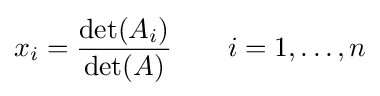
x_{i}={\frac {\det(A_{i})}{\det(A)}}\qquad i=1,\ldots ,n